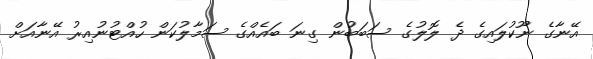
އޭނާގެ ނޫކުލައިގެ ދެ ލޮލުގެ ސަބަބުން ގިނަ ބައެއްގެ ސަމާލުކަން ހުއްޓުނުއިރު އޭނާއަށް